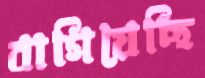
বাগিয়েছি